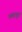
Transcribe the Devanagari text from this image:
भ्रमरदूत